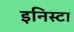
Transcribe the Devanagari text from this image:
इनिस्टा